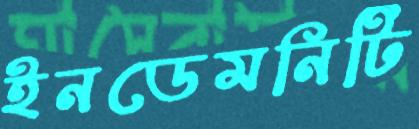
ইনডেমনিটি